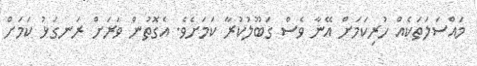
މައްސަލަތަކެއް ހުރިކަމަށް އޭނާ ވެސް ގަބޫލުކުރާ ކަަމަށެވެ. އެގޮތުން ވަރަށް ރަނގަޅު ކަމަށް